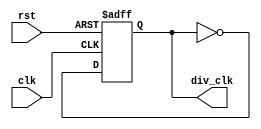
module clk_div(clk,rst,div_clk);
    input clk,rst;
    output div_clk;
    reg div_clk;

    always @(posedge clk or negedge rst)
    begin
        if(!rst)
        begin
            div_clk <= 1'b0;
        end
        else
        begin
            div_clk = ~div_clk;
        end
    end
endmodule

module VGA_control(clk, rst, but_R, but_G, but_B, out_R, out_G, out_B,Hsync,Vsync);
    input clk, rst, but_R, but_G, but_B;
    output reg[3:0] out_R, out_G, out_B;
    output reg Hsync, Vsync;
    reg [9:0]counter_x, counter_y;
    reg [3:0]tmp_r,tmp_g,tmp_b;
    // counter and sync generation
    always @(posedge clk) // horizontal counter
    begin
        if(counter_x < 10'd799)
        begin
            counter_x <= counter_x + 10'd1; // horizontal counter (including off-screen horizontal 160 pixels) total of 800 pixels counter_x = 0~799
        end
        else
        begin
            counter_x <= 10'd0;
        end
    end // always

    always @ (posedge clk)  // vertical counter
    begin 
        if(counter_x == 10'd799)  // only counts up 1 count after horizontal finishes 800 counts
        begin
            if(counter_y < 10'd525) // vertical counter (including off-screen vertical 45 pixels) total of 525 pixels
            begin 
                counter_y <= counter_y + 10'd1;
            end
            else 
            begin
                counter_y <= 10'd0;
            end							 
        end  
    end  
    // end counter and sync generation  

    always @(posedge clk or negedge rst) 
    begin
        if(!rst)
        begin
            out_R <= 4'd0;
            out_G <= 4'd0;
            out_B <= 4'd0;
        end
        else 
        begin
            Hsync <= (counter_x >= 10'd0 && counter_x < 10'd96) ? 1'b0:1'b1;  // hsync low for 96 counts                                                 
            Vsync <= (counter_y >= 10'd0 && counter_y < 10'd2) ? 1'b0:1'b1;   // vsync low for 2 counts
            if(counter_x>=10'd96 && counter_x<=10'd144)
            begin               out_R <= 4'd0;
                out_G <= 4'd0;
                out_B <= 4'd0;
            end
            else
            begin
                out_R <= tmp_r;
                out_G <= tmp_g;
                out_B <= tmp_b;
            end
        end
	end
        
    
    always @(posedge but_R ) begin
        tmp_r <= tmp_r + 4'd1;
    end      
    always @(posedge but_G ) begin
        tmp_g <= tmp_g + 4'd1;
    end      
    always @(posedge but_B ) begin
        tmp_b <= tmp_b + 4'd1;
	end

    // assign Hsync = (counter_x >= 10'd0 && counter_x < 10'd96) ? 1'b0:1'b1;  // hsync low for 96 counts                                                 
    // assign Vsync = (counter_y >= 10'd0 && counter_y < 10'd2) ? 1'b0:1'b1;   // vsync low for 2 counts
endmodule


module VGA_display(clk, rst, out_R, out_G, out_B,Hsync,Vsync);
    input clk, rst;
    output reg[3:0] out_R, out_G, out_B;
    output reg Hsync, Vsync;
    reg [9:0]counter_x, counter_y;
    reg [3:0]tmp_r,tmp_g,tmp_b;
    // counter and sync generation
    always @(posedge clk) // horizontal counter
    begin
        if(counter_x < 10'd799)
        begin
            counter_x <= counter_x + 10'd1; // horizontal counter (including off-screen horizontal 160 pixels) total of 800 pixels counter_x = 0~799
        end
        else
        begin
            counter_x <= 10'd0;
        end
    end // always

    always @ (posedge clk)  // vertical counter
    begin 
        if(counter_x == 10'd799)  // only counts up 1 count after horizontal finishes 800 counts
        begin
            if(counter_y < 10'd525) // vertical counter (including off-screen vertical 45 pixels) total of 525 pixels
            begin 
                counter_y <= counter_y + 10'd1;
            end
            else 
            begin
                counter_y <= 10'd0;
            end							 
        end  
    end  
    // end counter and sync generation  
    //signal control
    always @(posedge clk or negedge rst) 
    begin
        if(!rst)
        begin
            out_R <= 4'd0;
            out_G <= 4'd0;
            out_B <= 4'd0;
        end
        else 
        begin
            Hsync <= (counter_x >= 10'd0 && counter_x < 10'd96) ? 1'b0:1'b1;  // hsync low for 96 counts                                                 
            Vsync <= (counter_y >= 10'd0 && counter_y < 10'd2) ? 1'b0:1'b1;   // vsync low for 2 counts
            if(counter_x>=10'd96 && counter_x<=10'd144)
            begin               
                out_R <= 4'd0;
                out_G <= 4'd0;
                out_B <= 4'd0;
            end
            else
            begin
                out_R <= tmp_r;
                out_G <= tmp_g;
                out_B <= tmp_b;
            end
        end
	end

    // pattern generate
        always @ (posedge clk)
        begin
            ////////////////////////////////////////////////////////////////////////////////////// SECTION 1
            if (counter_y < 50)//space to top
                begin              
                    tmp_r <= 4'h0;    // black
                    tmp_b <= 4'h0;
                    tmp_g <= 4'h0;
                end  
            ////////////////////////////////////////////////////////////////////////////////////// END SECTION 1
            
            ////////////////////////////////////////////////////////////////////////////////////// SECTION 2
            else if (counter_y >= 50 && counter_y < 55)
                begin 
                    if (counter_x >= 194 && counter_x < 704)
                        begin 
                            tmp_r <= 4'hF;    // white
                            tmp_b <= 4'hF;
                            tmp_g <= 4'hF;
                        end  
                    else
                        begin 
                            tmp_r <= 4'h0;    // black
                            tmp_b <= 4'h0;
                            tmp_g <= 4'h0;
                        end  
                    end 
            ////////////////////////////////////////////////////////////////////////////////////// END SECTION 2
            
            ////////////////////////////////////////////////////////////////////////////////////// SECTION 3
            else if (counter_y >= 55 && counter_y < 105)
                begin   
                    if (counter_x >= 194 && counter_x < 199)
                        begin 
                            tmp_r <= 4'hF;    // white
                            tmp_b <= 4'hF;
                            tmp_g <= 4'hF;
                        end  // else if (counter_x >= 324 && counter_x < 371)
                    else if (counter_x >= 699 && counter_x < 704)
                        begin 
                            tmp_r <= 4'hF;    // white
                            tmp_b <= 4'hF;
                            tmp_g <= 4'hF;
                        end  // else if (counter_x >= 383 && counter_x < 545)
                    else 
                        begin
                            tmp_r <= 4'h0;    // black
                            tmp_b <= 4'h0;
                            tmp_g <= 4'h0;
                        end  // else if (counter_x >= 604)
                end  // else if (counter_y >= 205 && counter_y < 217)
            ////////////////////////////////////////////////////////////////////////////////////// END SECTION 3
            
            ////////////////////////////////////////////////////////////////////////////////////// SECTION 4
            else if (counter_y >= 105 && counter_y < 110)
                begin 
                    if (counter_x >= 194 && counter_x < 704)
                        begin 
                            tmp_r <= 4'hF;    // white
                            tmp_b <= 4'hF;
                            tmp_g <= 4'hF;
                        end  
                    else
                        begin 
                            tmp_r <= 4'h0;    // black
                            tmp_b <= 4'h0;
                            tmp_g <= 4'h0;
                        end  
                end 
						  
				else 
					begin 
						tmp_r <= 4'h0;    // black
                  tmp_b <= 4'h0;
						tmp_g <= 4'h0;
					end
            ////////////////////////////////////////////////////////////////////////////////////// END SECTION 4
            
            ////////////////////////////////////////////////////////////////////////////////////// SECTION 5
        //     else if (counter_y >= 305 && counter_y < 310)
        //         begin
        //             if (counter_x < 324)
        //                 begin 
        //                     tmp_r <= 4'hF;    // white
        //                     tmp_b <= 4'hF;
        //                     tmp_g <= 4'hF;
        //                 end  // if (counter_x < 324)
        //             else if (counter_x >= 324 && counter_x < 371)
        //                 begin 
        //                     tmp_r <= 4'hF;    // yellow
        //                     tmp_b <= 4'h0;
        //                     tmp_g <= 4'hF;
        //                 end  // else if (counter_x >= 324 && counter_x < 371)
        //             else if (counter_x >= 371 && counter_x < 557)
        //                 begin 
        //                     tmp_r <= 4'h0;    // black
        //                     tmp_b <= 4'h0;
        //                     tmp_g <= 4'h0;
        //                 end  // else if (counter_x >= 371 && counter_x < 557)
        //             else if (counter_x >= 557 && counter_x < 604)
        //                 begin 
        //                     tmp_r <= 4'hF;    // yellow
        //                     tmp_b <= 4'h0;
        //                     tmp_g <= 4'hF;
        //                 end  // else if (counter_x >= 557 && counter_x < 604)
        //             else if (counter_x >= 604)
        //                 begin 
        //                     tmp_r <= 4'hF;    // white
        //                     tmp_b <= 4'hF;
        //                     tmp_g <= 4'hF;
        //                 end  // else if (counter_x >= 604)	
        //         end  // else if (counter_y >= 217 && counter_y < 305)
        //     ////////////////////////////////////////////////////////////////////////////////////// END SECTION 5
            
        //     ////////////////////////////////////////////////////////////////////////////////////// SECTION 6
        //     else if (counter_y >= 305 && counter_y < 414)
        //         begin
        //             if (counter_x < 324)
        //                 begin 
        //                     tmp_r <= 4'hF;    // white
        //                     tmp_b <= 4'hF;
        //                     tmp_g <= 4'hF;
        //                 end  // if (counter_x < 324)
        //             else if (counter_x >= 324 && counter_x < 604)
        //                 begin 
        //                     tmp_r <= 4'hF;    // yellow
        //                     tmp_b <= 4'h0;
        //                     tmp_g <= 4'hF;
        //                 end  // else if (counter_x >= 324 && counter_x < 604)
        //             else if (counter_x >= 604)
        //                 begin 
        //                     tmp_r <= 4'hF;    // white
        //                     tmp_b <= 4'hF;
        //                     tmp_g <= 4'hF;
        //                 end  // else if (counter_x >= 604)	
        //         end  // else if (counter_y >= 305 && counter_y < 414)
        //     ////////////////////////////////////////////////////////////////////////////////////// END SECTION 6
            
        //     ////////////////////////////////////////////////////////////////////////////////////// SECTION 7
        //     else if (counter_y <= 414)
        //         begin              
        //             tmp_r <= 4'hF;    // white
        //             tmp_b <= 4'hF;
        //             tmp_g <= 4'hF;
        //         end  // if (counter_y >= 414)
		// 	////////////////////////////////////////////////////////////////////////////////////// END SECTION 7
	 end  // always
						
	// end pattern generate
        
    
    

    // assign Hsync = (counter_x >= 10'd0 && counter_x < 10'd96) ? 1'b0:1'b1;  // hsync low for 96 counts                                                 
    // assign Vsync = (counter_y >= 10'd0 && counter_y < 10'd2) ? 1'b0:1'b1;   // vsync low for 2 counts
endmodule

module VGA_output(clk,rst,but_R,but_G,but_B,out_R,out_G,out_B,Hsync,Vsync);
    input clk,rst,but_R,but_G,but_B;
    output [3:0] out_R,out_G,out_B;
    output Hsync, Vsync;
    wire div_clk;
    clk_div u_clk_div(.clk(clk),.rst(rst),.div_clk(div_clk));
    VGA_display u_VGA_display(.clk(div_clk), .rst(rst), .out_R(out_R), .out_G(out_G), .out_B(out_B),.Hsync(Hsync),.Vsync(Vsync));

endmodule